Civil Veterinary Dept. Assam report 1927-50 - 1927-1950
Year: 1927
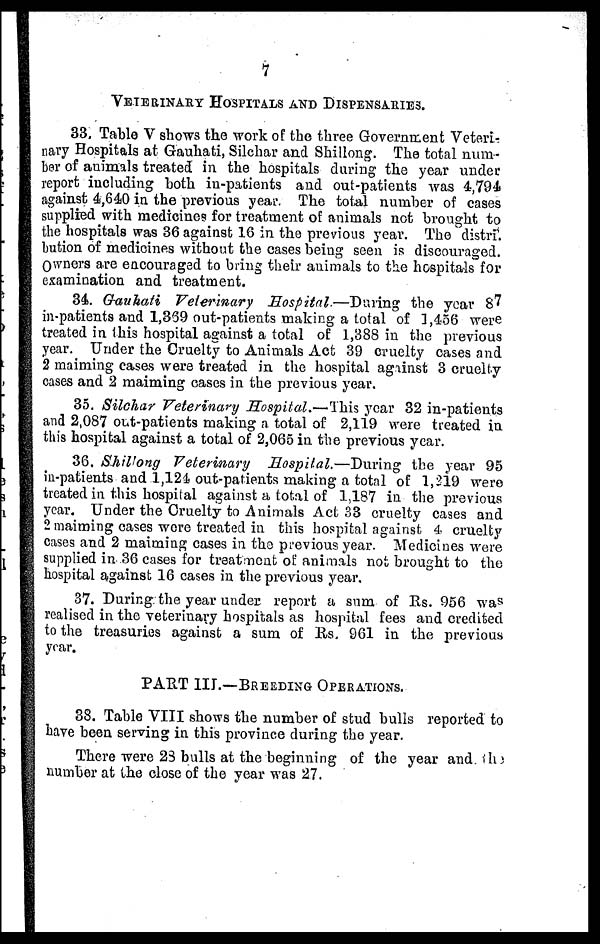
7
VETERINARY HOSPITALS AND DISPENSARIES.
33. Table V shows the work of the three Government Veteri-
nary Hospitals at Gauhati, Silchar and Shillong. The total num-
ber of animals treated in the hospitals daring the year under
report including both in-patients and out-patients was 4,794
against 4,640 in the previous year. The total number of cases
supplied with medicines for treatment of animals not brought to
the hospitals was 36 against 16 in the previous year. The distri.
bution of medicines without the cases being seen is discouraged.
Owners are encouraged to bring their animals to the hospitals for
examination and treatment.
34. Gauhati Veterinary
Hospital.—During
the year 87
in-patients and 1,339 out-patients making a total of 1,456 were
treated in this hospital against a total of 1,388 in the previous
year. Under the Cruelty to Animals Act 39 cruelty cases and
2 maiming cases were treated in the hospital against 3 cruelty
cases and 2 maiming cases in the previous year.
35. Silchar Veterinary Hospital.—This year 32 in-patients
and 2,087 out-patients making a total of 2,119 were treated in
this hospital against a total of 2,065 in the previous year.
36. Shillong Veterinary
Hospital.—During
the year 95
in-patients and 1,121 out-patients making a total of 1,219 were
treated in this hospital against a total of 1,187 in the previous
year. Under the Cruelty to Animals Act 33 cruelty cases and
2 maiming cases were treated in this hospital against 4 cruelty
cases and 2 maiming cases in the previous year. Medicines were
supplied in 36 cases for treatment of animals not brought to the
hospital against 16 cases in the previous year.
37. During the year under report a sum of Rs. 956 was
realised in the veterinary hospitals as hospital fees and credited
to the treasuries against a sum of Rs, 961 in the previous
year.
PART III.—BREEDING OPERATIONS.
38. Table VIII shows the number of stud bulls reported to
have been serving in this province during the year.
There were 23 bulls at the beginning of the year and. the
number at the close of the year was 27.